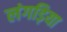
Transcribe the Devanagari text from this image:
लंगड़िया